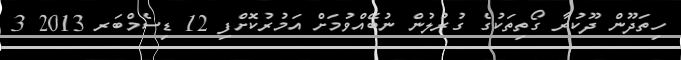
ހިތަދޫން ދޫކުރާ ގޯތިތަކުގެ ގުރުލުން ނުބޭއްވުމަށް އަމުރުކޮށްފި 12 ޑިސެމްބަރ 2013 3